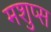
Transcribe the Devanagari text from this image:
मशुप्स